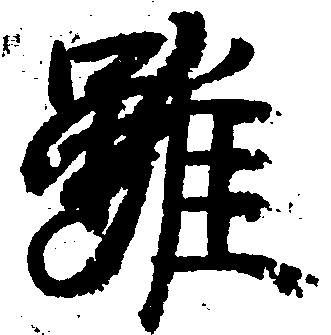
雖